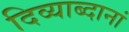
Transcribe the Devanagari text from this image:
दिव्याब्दानां